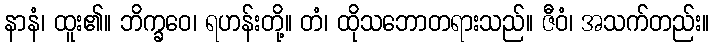
နာနံ၊ ထူး၏။ ဘိက္ခဝေ၊ ရဟန်းတို့။ တံ၊ ထိုသဘောတရားသည်။ ဇီဝံ၊ အသက်တည်း။